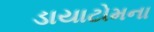
ડાયાટોમના